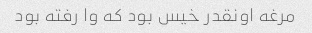
مرغه اونقدر خیس بود که وا رفته بود